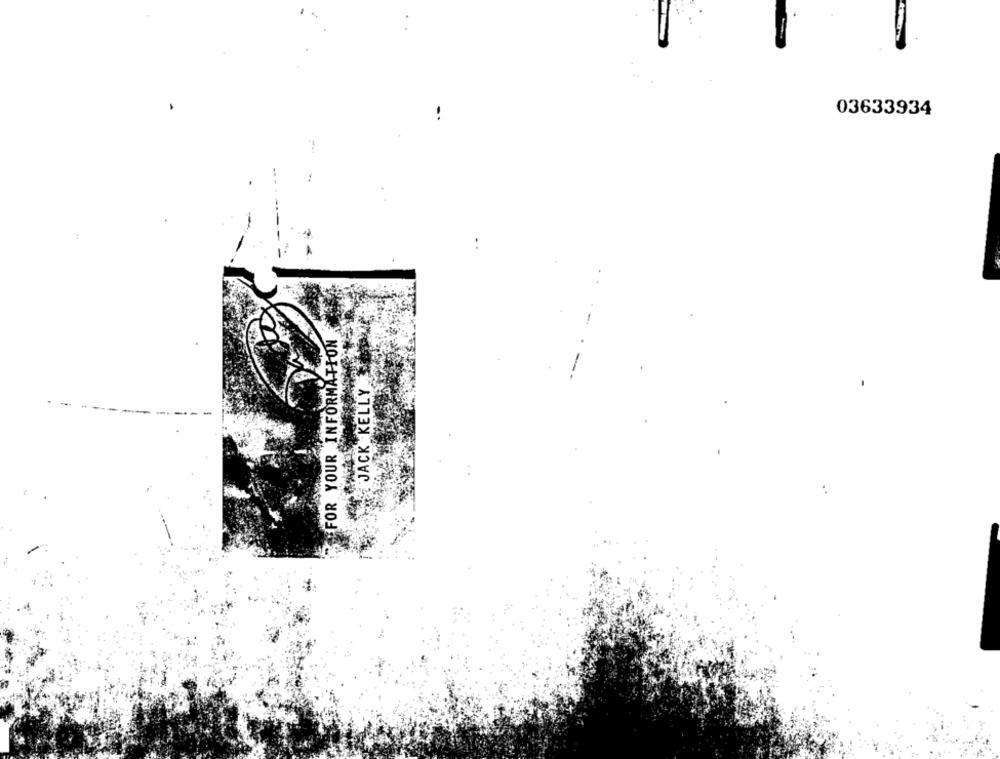
03633934
SEFOR YOUR INFORMATION
JACK KELLY